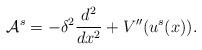
LaTeX: \begin{align*} \mathcal{A}^s = -\delta^2\frac{d^2}{dx^2} + V''(u^s(x)).\end{align*}